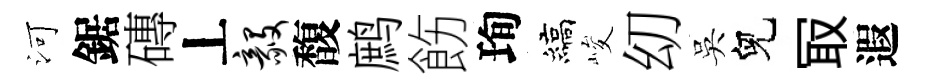
河鋸磚丄毅馥鹧飭珣縞峻㓜吳兒冣遐